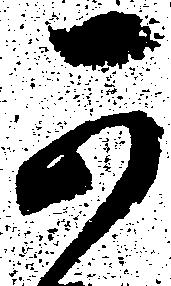
可